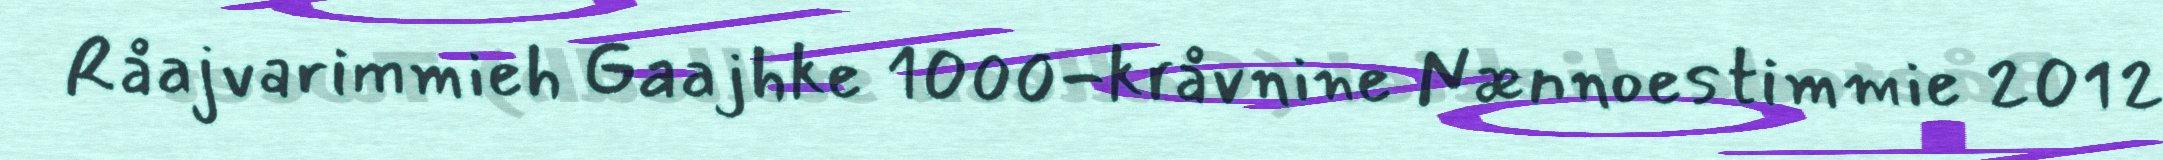
Råajvarimmieh Gaajhke 1000-kråvnine Nænnoestimmie 2012